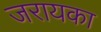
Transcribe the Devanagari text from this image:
जरायका